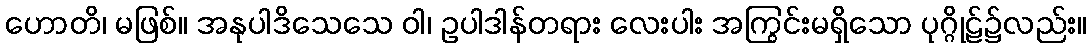
ဟောတိ၊ မဖြစ်။ အနုပါဒိသေသေ ဝါ၊ ဥပါဒါန်တရား လေးပါး အကြွင်းမရှိသော ပုဂ္ဂိုဠ်၌လည်း။